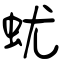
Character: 蚘